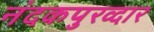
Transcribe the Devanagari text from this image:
नंदकपुरव्दार